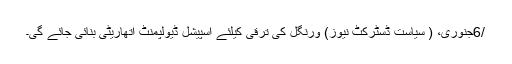
/6جنوری، ( سیاست ڈسٹرکٹ نیوز) ورنگل کی ترقی کیلئے اسپیشل ڈیولپمنٹ اتھاریٹی بنائی جائے گی۔